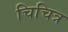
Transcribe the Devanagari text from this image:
चिचित्र